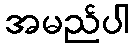
အမည်ပါ